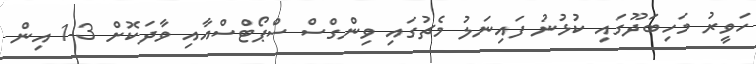
ހަވީރު މަހިބަދޫގައި ކުޅުނު ފައިނަލު މެޗުގައި ވިންގްސް ސްޕޯޓްސްއާއި ވާދަކޮށް 3-1 އިން